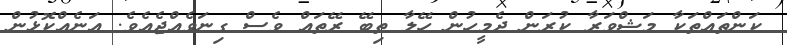
ކަންތައްތަކާ މަޝްވަރާ ކުރަން ދެމީހުން ހޭލާ ތިބޭ ރޭތައް ވެސް ގިނަވެއްޖެއެވެ. އަނެއްކޮޅުން